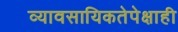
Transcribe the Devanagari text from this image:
व्यावसायिकतेपेक्षाही